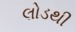
લોડથી